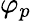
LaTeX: \varphi_{p}